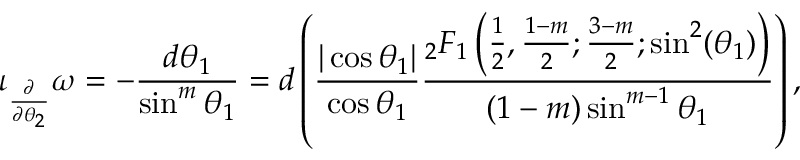
\iota _ { \frac { \partial } { \partial \theta _ { 2 } } } \omega = - \frac { d \theta _ { 1 } } { \sin ^ { m } \theta _ { 1 } } = d \left( \frac { | \cos \theta _ { 1 } | } { \cos \theta _ { 1 } } \frac { _ 2 F _ { 1 } \left( \frac { 1 } { 2 } , \frac { 1 - m } { 2 } ; \frac { 3 - m } { 2 } ; \sin ^ { 2 } ( \theta _ { 1 } ) \right) } { ( 1 - m ) \sin ^ { m - 1 } \theta _ { 1 } } \right) ,